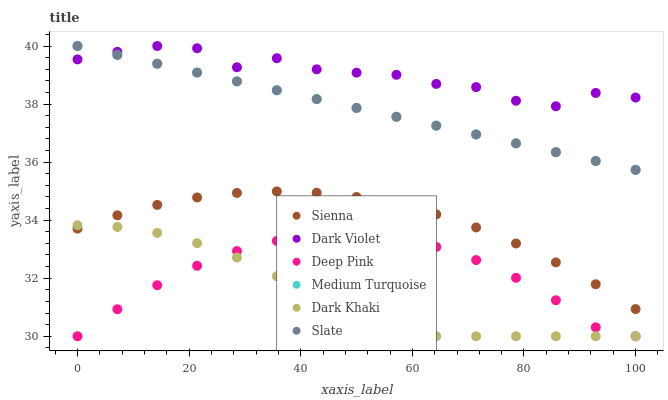
| xaxis_label | Sienna | Dark Violet | Deep Pink | Medium Turquoise | Dark Khaki | Slate |
 | --- | --- | --- | --- | --- | --- | --- |
 | 0 | 33.7 | 39.5 | 30 | 40 | 33.8 | 40 |
 | 7.14 | 34.2 | 39.8 | 30.9 | 39.7 | 33.8 | 39.7 |
 | 14.3 | 34.5 | 40 | 31.8 | 39.4 | 33.6 | 39.4 |
 | 21.4 | 34.8 | 39.9 | 32.4 | 39.1 | 33.2 | 39.1 |
 | 28.6 | 34.9 | 39.3 | 32.9 | 38.8 | 32.7 | 38.8 |
 | 35.7 | 35 | 39.6 | 33.3 | 38.5 | 32.1 | 38.5 |
 | 42.9 | 34.9 | 39.2 | 33.5 | 38.2 | 31.3 | 38.2 |
 | 50 | 34.8 | 39.1 | 33.5 | 37.9 | 30.3 | 37.9 |
 | 57.1 | 34.5 | 39 | 33.4 | 37.6 | 30 | 37.6 |
 | 64.3 | 34.2 | 38.7 | 33.1 | 37.3 | 30 | 37.3 |
 | 71.4 | 33.7 | 38.6 | 32.6 | 37 | 30 | 37 |
 | 78.6 | 33.2 | 38.1 | 32 | 36.6 | 30 | 36.6 |
 | 85.7 | 32.5 | 37.9 | 31.2 | 36.3 | 30 | 36.3 |
 | 92.9 | 31.8 | 38.4 | 30.3 | 36 | 30 | 36 |
 | 100 | 30.9 | 38.2 | 30 | 35.7 | 30 | 35.7 |